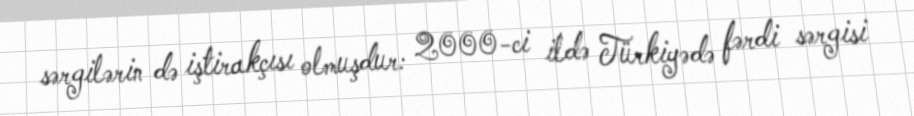
sərgilərin də iştirakçısı olmuşdur: 2000-ci ildə Türkiyədə fərdi sərgisi